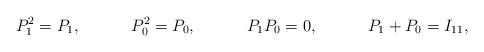
LaTeX: \begin{align*}P_1^2=P_1,\hspace{0.5in}P_0^2=P_0,\hspace{0.5in}P_1 P_0=0,\hspace{0.5in}P_1+P_0=I_{11}, \end{align*}